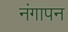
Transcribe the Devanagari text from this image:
नंगापन